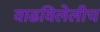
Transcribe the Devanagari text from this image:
वाढविलेलीच